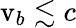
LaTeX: \mathrm{v}_{b}\lesssim c